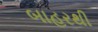
બાહરથી